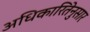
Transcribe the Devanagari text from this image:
अधिकारितेनुसार